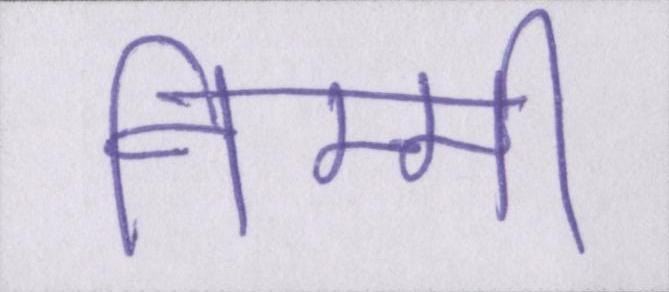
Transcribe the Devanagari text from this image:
निम्मी